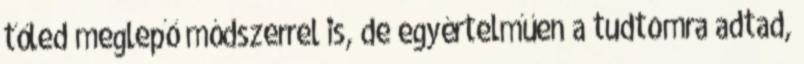
tőled meglepő módszerrel is, de egyértelműen a tudtomra adtad,